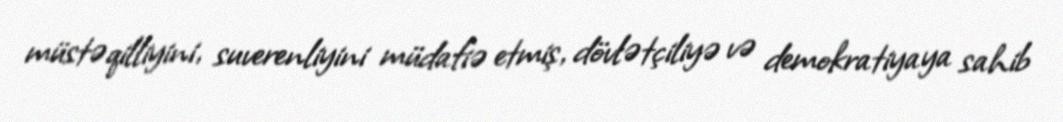
müstəqilliyini, suverenliyini müdafiə etmiş, dövlətçiliyə və demokratiyaya sahib